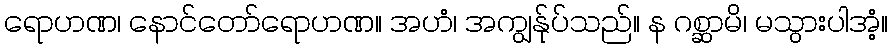
ရောဟဏ၊ နောင်တော်ရောဟဏ။ အဟံ၊ အကျွန်ုပ်သည်။ န ဂစ္ဆာမိ၊ မသွားပါအံ့။